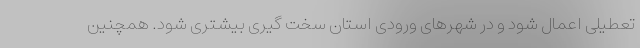
تعطیلی اعمال شود و در شهرهای ورودی استان سخت گیری بیشتری شود. همچنین